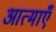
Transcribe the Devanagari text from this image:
आत्‍माएँ